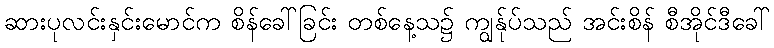
ဆားပုလင်းနှင်းမောင်က စိန်ခေါ်ခြင်း တစ်နေ့သ၌ ကျွန်ုပ်သည် အင်းစိန် စီအိုင်ဒီခေါ်